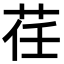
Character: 荏